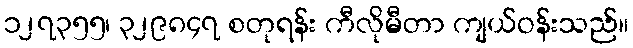
၁၂၇၃၅၅၊ ၃၂၉၈၄၇ စတုရန်း ကီလိုမီတာ ကျယ်ဝန်းသည်။